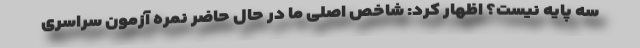
سه پایه نیست؟ اظهار کرد: شاخص اصلی ما در حال حاضر نمره آزمون سراسری